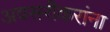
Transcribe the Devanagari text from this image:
अवसरीकरांना